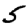
Digit: 5